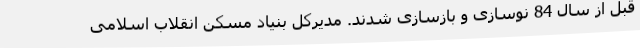
قبل از سال 84 نوسازی و بازسازی شدند. مدیرکل بنیاد مسکن انقلاب اسلامی